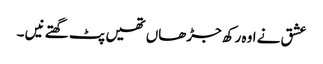
عشق نے اوہ رکھ جڑھاں تھیں پٹ گھتے نیں ۔